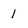
Character: l